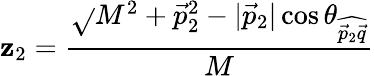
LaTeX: \mathbf{z}_{2}=\frac{{\sqrt{}{{M^{2}+\vec{{p}}_{2}^{2}}}-|\vec{{p}}_{2}|\cos\theta_{\widehat{{\vec{{p}}_{2}\vec{{q}}}}}}}{{M}}